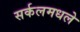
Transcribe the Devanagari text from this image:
सर्कलमधले